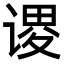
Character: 谡